Vaccination in Bombay 1902-1912 - 1902-1912
Year: 1902
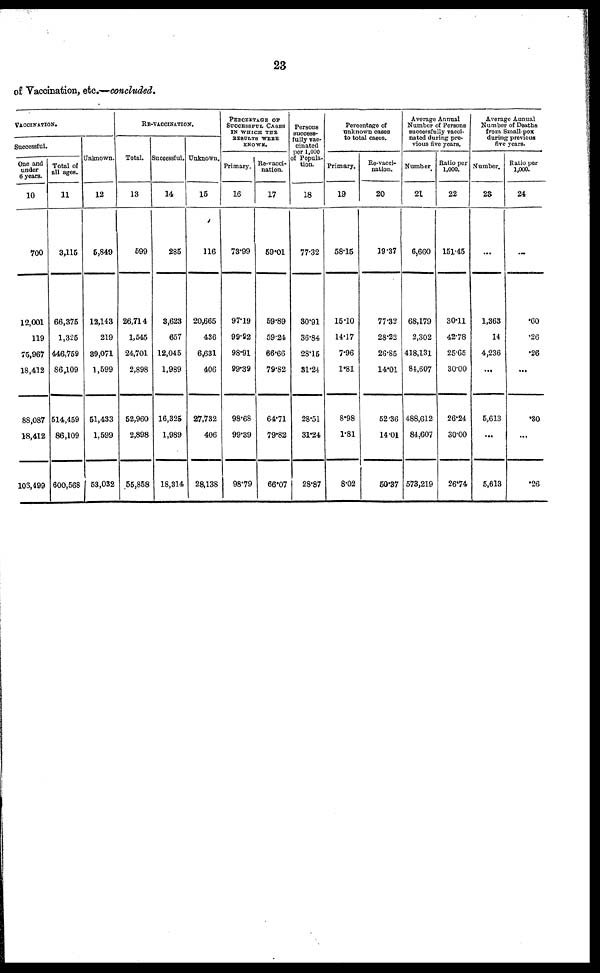
23
of Vaccination, etc.—concluded.
VACCINATION.
Successful.
One and
under
6 years.
10
700
12,001
119
75,967
18,412
88,087
18,412
106,499
Total of
all ages.
11
3,115
66,375
1,325
446,759
86,109
514,459
86,109
600,568
Unknown.
12
5,849
12,143
219
39,071
1,599
51,433
1,599
53,032
RE-VACCINATION.
Total.
13
599
26,714
1,545
24,701
2,898
52,960
2,898
55,858
Successful.
14
285
3,623
657
12,045
1,989
16,325
1,989
18,314
Unknown.
15
116
20,665
436
6,631
406
27,732
406
28,138
PERCENTAGE OF
SUCCESSFUL CASES
IN WHICH THE
RESULTS WERE
KNOWN.
Primary.
16
73.99
97.19
99.92
98.91
99.39
98.68
99.39
98.79
Re-vacci-
nation.
17
59.01
59.89
59.24
66.66
79.82
64.71
79.82
66.07
Persons
success-
fully vac¬
cinated
per 1,000
of Popula-
tion.
18
77.32
30.91
36.84
28.15
81.24
28.51
31.24
28.87
Percentage of
unknown cases
to total cases.
Primary.
19
58.15
15.10
14.17
7.96
1.81
8.98
1.81
8.02
Re-vacci-
nation.
20
19.37
77.32
28.22
26.85
14.01
52.36
14.01
50.37
Average Annual
Number of Persons
successfully vacci-
nated during pre-
vious five years.
Number
21
6,660
68,179
2,302
418,131
84,607
488,612
84,607
573,219
Ratio per
1,000.
22
151.45
30.11
42.78
25.65
30.00
26.24
30.00
26.74
Average Annual
Number of Deaths
from Small-pox
during previous
five years.
Number.
23
...
1,363
14
4,236
...
5,613
...
5,613
Ratio per
1,000.
24
...
.60
.26
.26
...
.30
...
.26